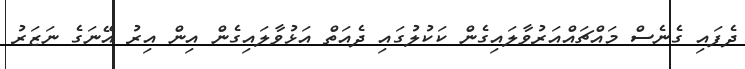
ދެފައި ގެނެސް މައްޗައްއަރުވާލައިގެން ކަކުލުގައި ދެއަތް އަޅުވާލައިގެން އިން އިރު އޭނަގެ ނަޒަރު